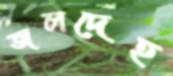
জলদেহ